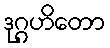
ဒုဂ္ဂဟိတော